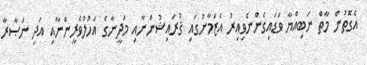
އެގޮތުން މާތް ނަބިއްޔާ ވަޑައިގެންނެވިއިރު އެޒަމާނުގައި ޤުރައިޝުންނާއި މަދީނާގެ އަހުލުވެރީންނާއި އަދި ނަޞާރާ